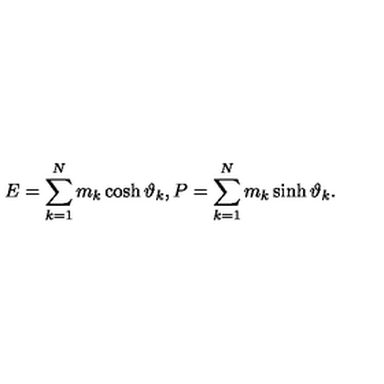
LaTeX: E = \sum _ { k = 1 } ^ { N } m _ { k } \cosh \vartheta _ { k } , P = \sum _ { k = 1 } ^ { N } m _ { k } \sinh \vartheta _ { k } .